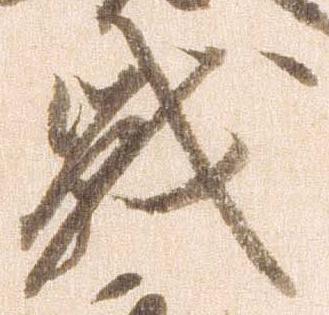
戦